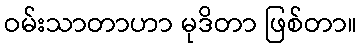
ဝမ်းသာတာဟာ မုဒိတာ ဖြစ်တာ။